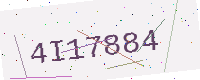
Text: 4I17884